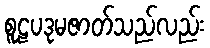
စူဠပဒုမဇာတ်သည်လည်း